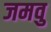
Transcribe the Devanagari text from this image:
जमवु